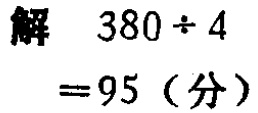
解 \(380\div 4 = 95\)（分）